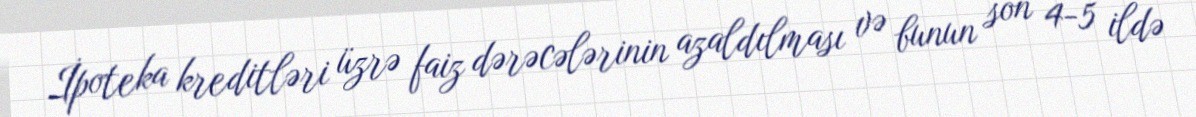
İpoteka kreditləri üzrə faiz dərəcələrinin azaldılması və bunun son 4-5 ildə